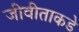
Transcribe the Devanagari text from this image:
जीवीताकडे